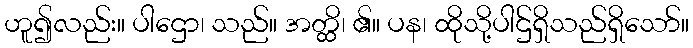
ဟူ၍လည်း။ ပါဌော၊ သည်။ အတ္ထိ၊ ၏။ ပန၊ ထိုသို့ပါဌ်ရှိသည်ရှိသော်။